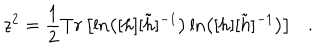
LaTeX: z ^ { 2 } = \frac { 1 } { 2 } T r \left[ \ln \left( [ h ] [ \tilde { h } ] ^ { - 1 } \right) \ln \left( [ h ] [ \tilde { h } ] ^ { - 1 } \right) \right] . \nonumber